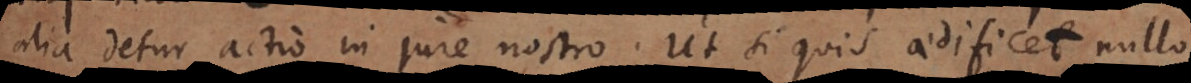
alia detur actio in jure nostro. Ut si quis aedificet nullo